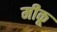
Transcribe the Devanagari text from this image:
मीकू